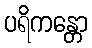
ပရိကန္တော